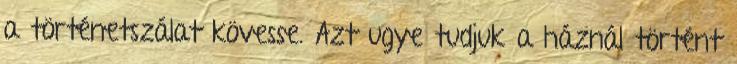
a történetszálat kövesse. Azt ugye tudjuk a háznál történt